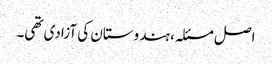
اصل مسئلہ، ہندوستان کی آزادی تھی۔